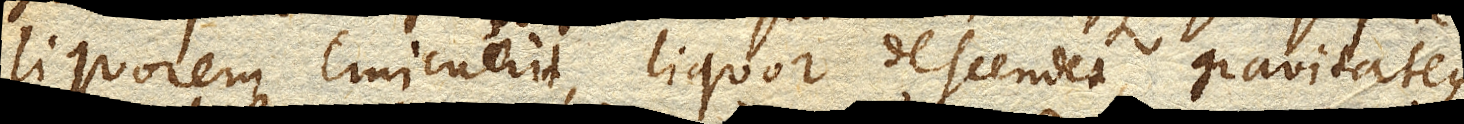
liquorem emicuerit, liquor descendet, gravitateque